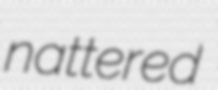
nattered